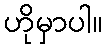
ဟိုမှာပါ။